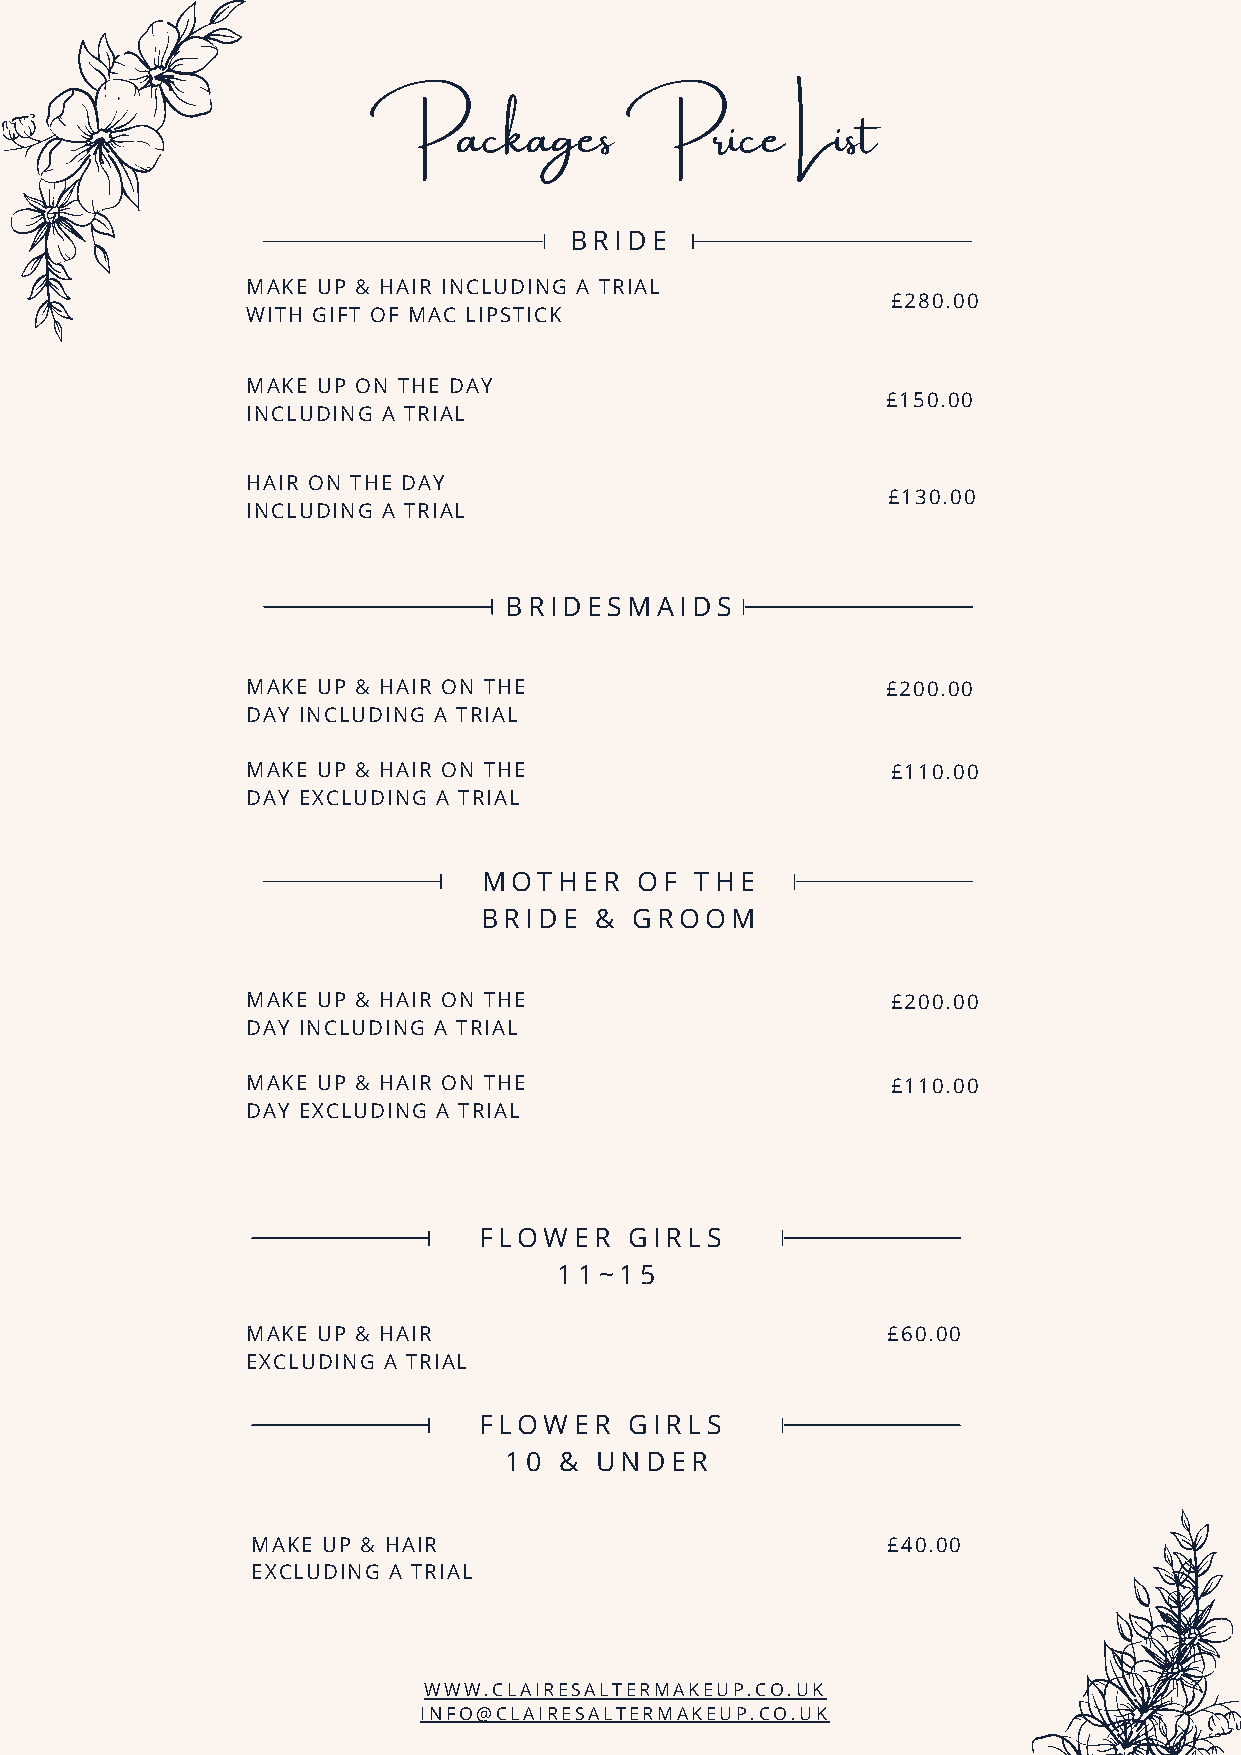
Packages         Price       List
 BRIDE
 MAKE UP & HAIR INCLUDING A TRIAL
 £280.00
 WITH GIFT OF MAC LIPSTICK
 MAKE UP ON THE DAY
 £150.00
 INCLUDING A TRIAL
 HAIR ON THE DAY
 £130.00
 INCLUDING A TRIAL
 BRIDESMAIDS
 MAKE UP & HAIR ON THE                      £200.00
 DAY INCLUDING A TRIAL
 MAKE UP & HAIR ON THE                      £110.00
 DAY EXCLUDING A TRIAL
 MOTHER    OF  THE
 BRIDE  &  GROOM
 MAKE UP & HAIR ON THE                      £200.00
 DAY INCLUDING A TRIAL
 MAKE UP & HAIR ON THE                      £110.00
 DAY EXCLUDING A TRIAL
 FLOWER    GIRLS
 11~15
 MAKE UP & HAIR                             £60.00
 EXCLUDING A TRIAL
 FLOWER    GIRLS
 10  & UNDER
 MAKE UP & HAIR                            £40.00
 EXCLUDING A TRIAL
 WWW.CLAIRESALTERMAKEUP.CO.UK
 INFO@CLAIRESALTERMAKEUP.CO.UK